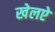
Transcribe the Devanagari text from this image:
खेलऐ